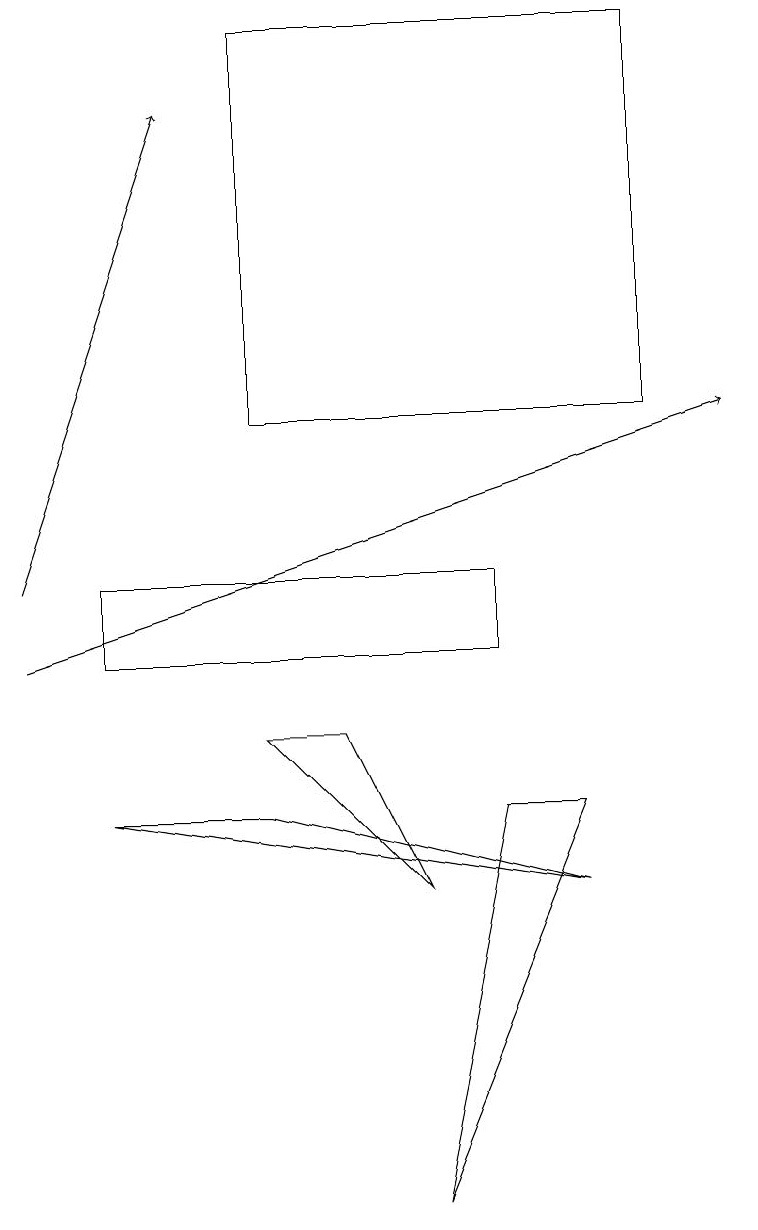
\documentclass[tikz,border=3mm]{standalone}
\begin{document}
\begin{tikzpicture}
\draw (7,7) -- (1,8) -- (3,8) -- cycle;
\draw (6,10) rectangle (1,11);
\draw[->] (0,10) -- (9,13);
\draw (3,13) rectangle (8,18);
\draw (4,9) -- (3,9) -- (5,7) -- cycle;
\draw (6,8) -- (5,3) -- (7,8) -- cycle;
\draw[->] (0,11) -- (2,17);
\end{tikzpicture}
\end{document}